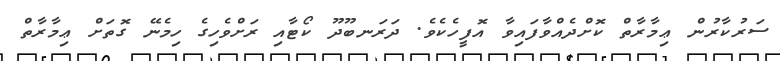
ސަރުކާރުން ޢިމާރާތް ކޮށްދެއްވާފައިވާ އޮފީހެކެވެ. ދަރަނބޫދޫ ކޯޓާއި ރަށްވެހިގެ ހިމެނޭ ގޮތަށް ޢިމާރާތް